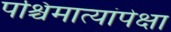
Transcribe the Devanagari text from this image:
पश्चिमात्यांपेक्षा